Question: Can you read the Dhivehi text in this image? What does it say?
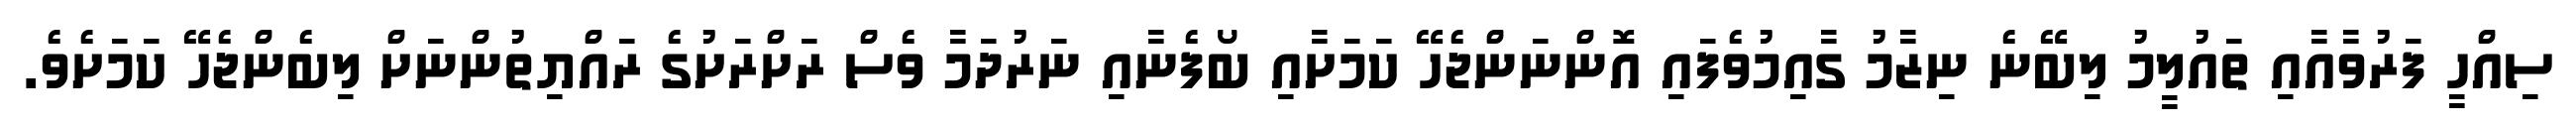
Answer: ސިއްހީ ފަރުވާއާއި ތައުލީމު ލިބޭނެ ނިޒާމު ގާއިމުވެފައި އޮންނަންޖެހޭ ކަމަށާއި ބޯފެނާއި ނަރުދަމާ ވެސް ރަށްރަށުގެ ރައްޔިތުންނަށް ލިބެންޖެހޭ ކަމަށެވެ.